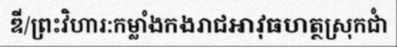
ឌី/ព្រះវិហារ:កម្លាំងកងរាជអាវុធហត្ថស្រុកជាំ